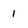
Character: 1